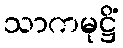
သာကမုဋ္ဌိံ